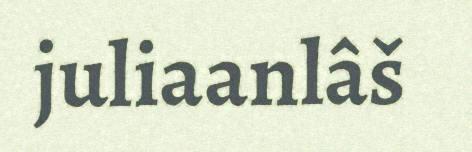
juliaanlâš